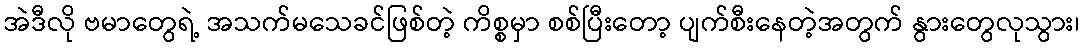
အဲဒီလို ဗမာတွေရဲ့ အသက်မသေခင်ဖြစ်တဲ့ ကိစ္စမှာ စစ်ပြီးတော့ ပျက်စီးနေတဲ့အတွက် နွားတွေလုသွား၊